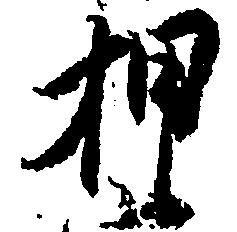
押